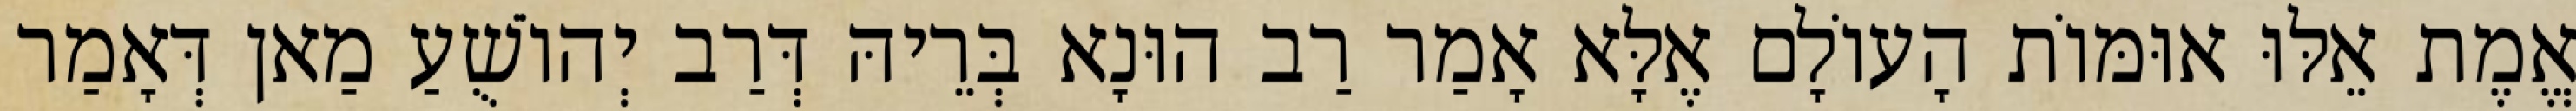
אֱמֶת אֵלּוּ אוּמּוֹת הָעוֹלָם אֶלָּא אָמַר רַב הוּנָא בְּרֵיהּ דְּרַב יְהוֹשֻׁעַ מַאן דְּאָמַר